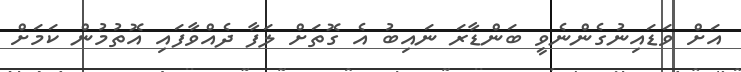
އަށް ވަޑައިނުގެންނެވީ ބަންޑާރަ ނައިބު އެ ގޮތަށް ލަފާ ދެއްވާފައި އޮތުމުން ކަމަށް